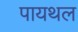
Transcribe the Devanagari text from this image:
पायथल